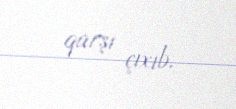
qarşı çıxıb.